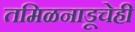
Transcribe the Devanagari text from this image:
तमिळनाडूचेही